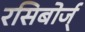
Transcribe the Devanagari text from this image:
रसिबोर्ज्